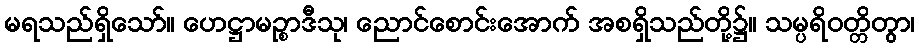
မရသည်ရှိသော်။ ဟေဋ္ဌာမဉ္စာဒီသု၊ ညောင်စောင်းအောက် အစရှိသည်တို့၌။ သမ္ပရိဝတ္တိတွာ၊